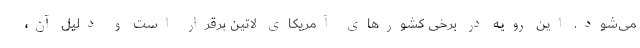
می‌شود. این رویه در برخی کشورهای آمریکای لاتین برقرار است و دلیل آن،